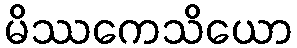
မိဿကေသိယော